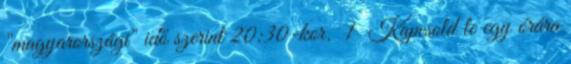
"magyarországi" idő szerint 20:30-kor. 1 Kapcsold le egy órára